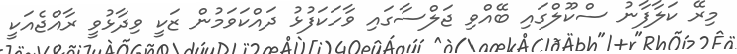
މިރޭ ކަލާފާނު ސްކޫލްގައި ބޭއްވި ޖަލްސާގައި ވާހަކަފުޅު ދައްކަވަމުން ޒަކީ ވިދާޅުވީ ރާއްޖެއަކީ